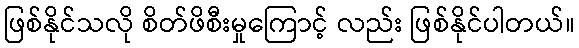
ဖြစ်နိုင်သလို စိတ်ဖိစီးမှုကြောင့် လည်း ဖြစ်နိုင်ပါတယ်။